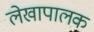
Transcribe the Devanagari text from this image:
लेखापालक